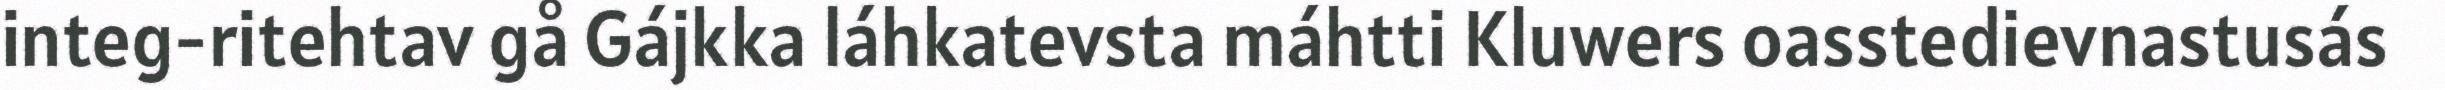
integ-ritehtav gå Gájkka láhkatevsta máhtti Kluwers oasstedievnastusás